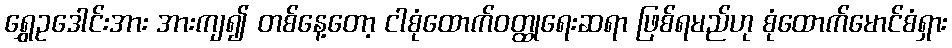
ရွှေဥဒေါင်းအား အားကျ၍ တစ်နေ့တော့ ငါစုံထောက်ဝတ္ထုရေးဆရာ ဖြစ်ရမည်ဟု စုံထောက်မောင်စံရှား